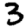
Digit: 3